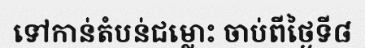
ទៅកាន់តំបន់ជម្លោះ ចាប់ពីថ្ងៃទី៨